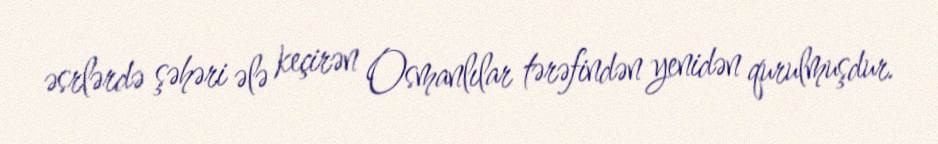
əsrlərdə şəhəri ələ keçirən Osmanlılar tərəfindən yenidən qurulmuşdur.